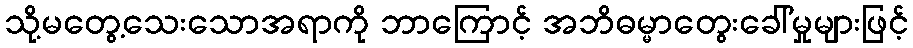
သို့မတွေ့သေးသောအရာကို ဘာကြောင့် အဘိဓမ္မာတွေးခေါ်မှုများဖြင့်